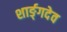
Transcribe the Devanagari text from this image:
शार्ङ्‌गदेव